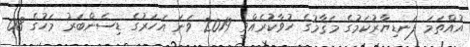
އުއްތަމަ ފަނޑިޔާރުކަމުގެ މަޤާމުގެ ހުވާކުރެއްވީ 2019 ވަނަ އަހަރުގެ ޑިސެންބަރު މަހުގެ 08